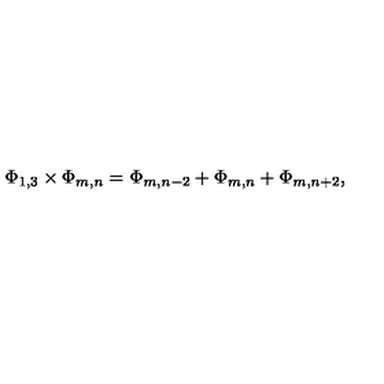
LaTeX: \Phi _ { 1 , 3 } \times \Phi _ { m , n } = \Phi _ { m , n - 2 } + \Phi _ { m , n } + \Phi _ { m , n + 2 } ,